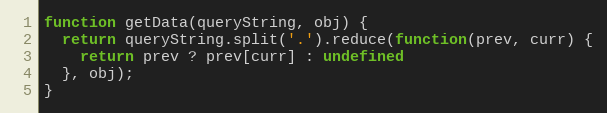
Language: JavaScript
function getData(queryString, obj) {
  return queryString.split('.').reduce(function(prev, curr) {
    return prev ? prev[curr] : undefined
  }, obj);
}